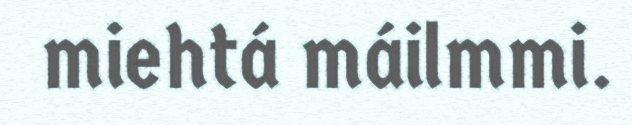
miehtá máilmmi.